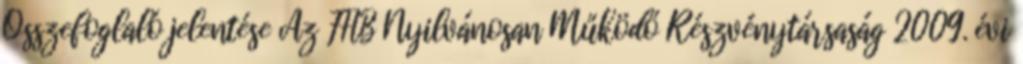
Összefoglaló jelentése Az FHB Nyilvánosan Működő Részvénytársaság 2009. évi